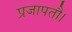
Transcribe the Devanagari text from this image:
प्रजापतौ।